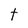
Character: t